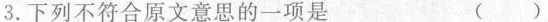
3.下列不符合原文意思的一项是 （）